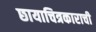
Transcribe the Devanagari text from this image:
छायाचित्रकाराची